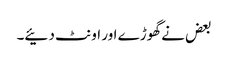
بعض نے گھوڑے اور اونٹ دئیے۔